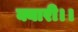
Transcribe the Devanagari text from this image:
क्यारी।।